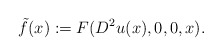
\begin{align*}\tilde{f}(x):=F(D^2u(x),0,0,x).\end{align*}